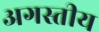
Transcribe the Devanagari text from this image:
अगस्तीय